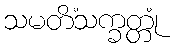
သမတိံသက္ခတ္တုံ